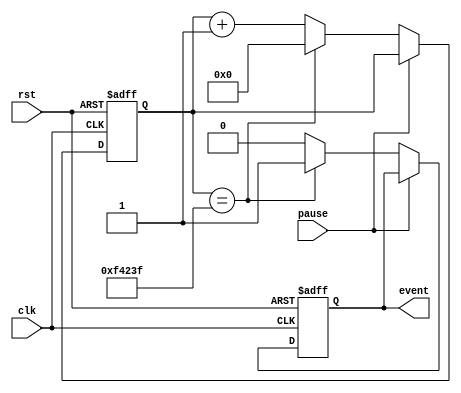
module event_timer (
    input wire clk,
    input wire rst,
    input wire pause,
    output reg event
);

reg [31:0] counter;
reg [31:0] interval = 1000000; // configurable time interval

always @(posedge clk or posedge rst) begin
    if (rst) begin
        counter <= 0;
        event <= 0;
    end else begin
        if (!pause) begin
            if (counter == interval - 1) begin
                counter <= 0;
                event <= 1;
            end else begin
                counter <= counter + 1;
                event <= 0;
            end
        end
    end
end

endmodule